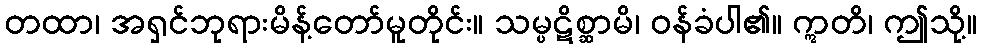
တထာ၊ အရှင်ဘုရားမိန့်တော်မူတိုင်း။ သမ္ပဋိစ္ဆာမိ၊ ဝန်ခံပါ၏။ ဣတိ၊ ဤသို့။